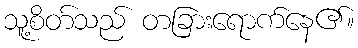
သူ့စိတ်သည် တခြားရောက်နေ၏။